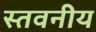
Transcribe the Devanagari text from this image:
स्तवनीय